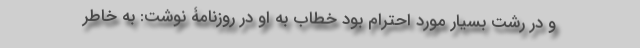
و در رشت بسیار مورد احترام بود خطاب به او در روزنامۀ نوشت: به خاطر